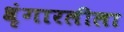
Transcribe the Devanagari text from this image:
श्रृंगारलीला